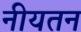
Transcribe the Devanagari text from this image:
नीयतन